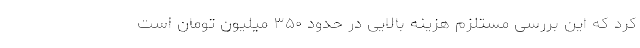
کرد که این بررسی مستلزم هزینه بالایی در حدود ۳۵۰ میلیون تومان است